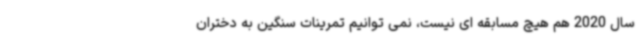
سال 2020 هم هیچ مسابقه ای نیست، نمی توانیم تمرینات سنگین به دختران